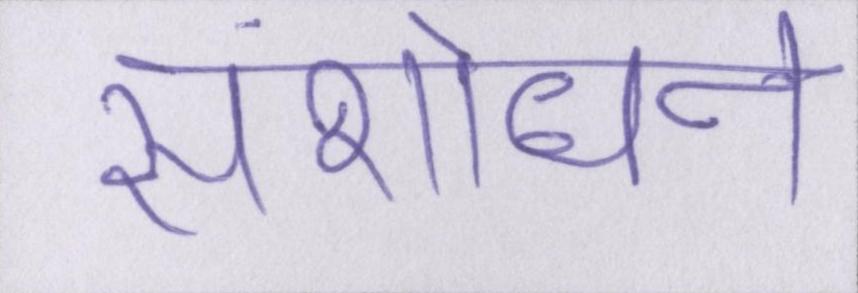
संशोधन